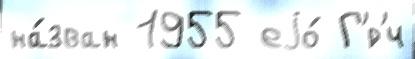
на́зван 1955 еjо́ Г'́р'ч